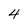
Character: 4